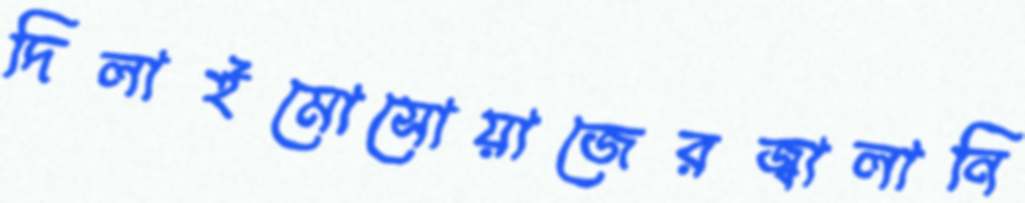
দিলাইমোসোয়াজেরজ্বালানি